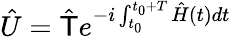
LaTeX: \hat{U}=\hat{\mathsf{T}}e^{-i\int_{t_{0}}^{t_{0}+T}\hat{H}(t)dt}